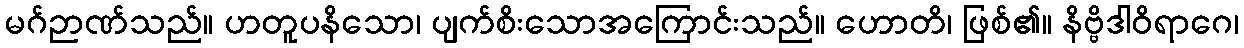
မဂ်ဉာဏ်သည်။ ဟတူပနိသော၊ ပျက်စိးသောအကြောင်းသည်။ ဟောတိ၊ ဖြစ်၏။ နိဗ္ဗိဒါဝိရာဂေ၊